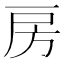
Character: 房